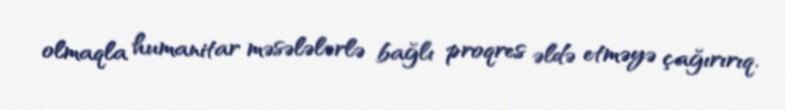
olmaqla humanitar məsələlərlə bağlı proqres əldə etməyə çağırırıq.